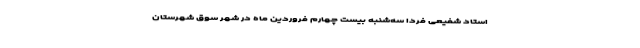
اُستاد شفیعی فردا سه‌شنبه بیست چهارم فروردین ماه در شهر سوق شهرستان